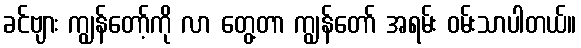
ခင်ဗျား ကျွန်တော့်ကို လာ တွေ့တာ ကျွန်တော် အရမ်း ဝမ်းသာပါတယ်။